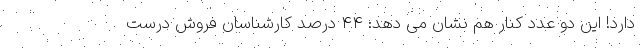
دارد! این دو عدد کنار هم نشان می دهد: ۴۴ درصد کارشناسان فروش درست